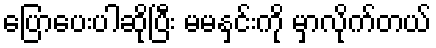
ပြောပေးပါဆိုပြီး မမနှင်းကို မှာလိုက်တယ်